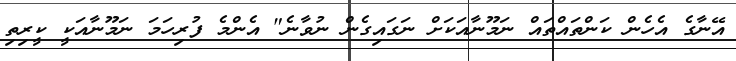
އޭނާގެ އެހެން ކަންތައްތައް ނަމޫނާއަކަށް ނަގައިގެން ނުވާނެ" އެންމެ ފުރިހަމަ ނަމޫނާއަކީ ކީރިތި